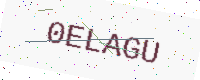
Text: 0ELAGU